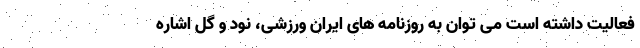
فعالیت داشته است می توان به روزنامه های ایران ورزشی، نود و گل اشاره